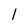
Character: l